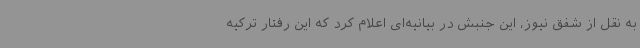
به نقل از شفق نیوز، این جنبش در بیانیه‌ای اعلام کرد که این رفتار ترکیه